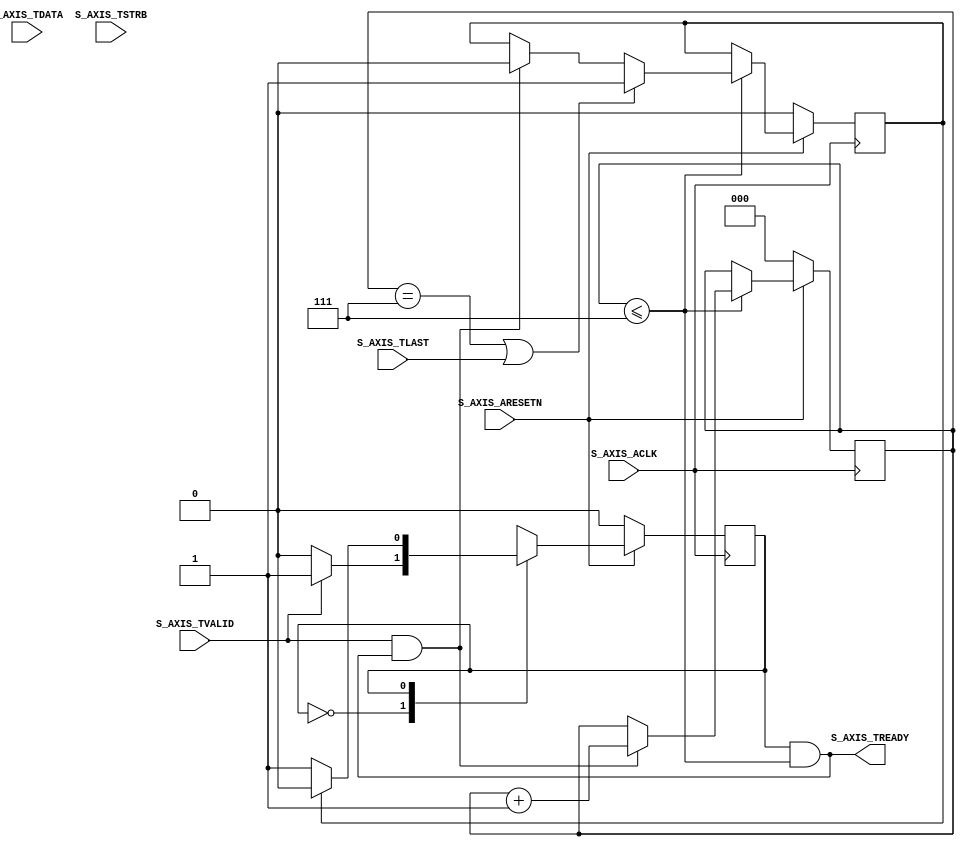

`timescale 1 ns / 1 ps

	module my_axis_transmitter_v1_0_S01_AXIS #
	(
		// Users to add parameters here

		// User parameters ends
		// Do not modify the parameters beyond this line

		// AXI4Stream sink: Data Width
		parameter integer C_S_AXIS_TDATA_WIDTH	= 32
	)
	(
		// Users to add ports here

		// User ports ends
		// Do not modify the ports beyond this line

		// AXI4Stream sink: Clock
		input wire  S_AXIS_ACLK,
		// AXI4Stream sink: Reset
		input wire  S_AXIS_ARESETN,
		// Ready to accept data in
		output wire  S_AXIS_TREADY,
		// Data in
		input wire [C_S_AXIS_TDATA_WIDTH-1 : 0] S_AXIS_TDATA,
		// Byte qualifier
		input wire [(C_S_AXIS_TDATA_WIDTH/8)-1 : 0] S_AXIS_TSTRB,
		// Indicates boundary of last packet
		input wire  S_AXIS_TLAST,
		// Data is in valid
		input wire  S_AXIS_TVALID
	);
	// function called clogb2 that returns an integer which has the 
	// value of the ceiling of the log base 2.
	function integer clogb2 (input integer bit_depth);
	  begin
	    for(clogb2=0; bit_depth>0; clogb2=clogb2+1)
	      bit_depth = bit_depth >> 1;
	  end
	endfunction

	// Total number of input data.
	localparam NUMBER_OF_INPUT_WORDS  = 8;
	// bit_num gives the minimum number of bits needed to address 'NUMBER_OF_INPUT_WORDS' size of FIFO.
	localparam bit_num  = clogb2(NUMBER_OF_INPUT_WORDS-1);
	// Define the states of state machine
	// The control state machine oversees the writing of input streaming data to the FIFO,
	// and outputs the streaming data from the FIFO
	parameter [1:0] IDLE = 1'b0,        // This is the initial/idle state 

	                WRITE_FIFO  = 1'b1; // In this state FIFO is written with the
	                                    // input stream data S_AXIS_TDATA 
	wire  	axis_tready;
	// State variable
	reg mst_exec_state;  
	// FIFO implementation signals
	genvar byte_index;     
	// FIFO write enable
	wire fifo_wren;
	// FIFO full flag
	reg fifo_full_flag;
	// FIFO write pointer
	reg [bit_num-1:0] write_pointer;
	// sink has accepted all the streaming data and stored in FIFO
	  reg writes_done;
	// I/O Connections assignments

	assign S_AXIS_TREADY	= axis_tready;
	// Control state machine implementation
	always @(posedge S_AXIS_ACLK) 
	begin  
	  if (!S_AXIS_ARESETN) 
	  // Synchronous reset (active low)
	    begin
	      mst_exec_state <= IDLE;
	    end  
	  else
	    case (mst_exec_state)
	      IDLE: 
	        // The sink starts accepting tdata when 
	        // there tvalid is asserted to mark the
	        // presence of valid streaming data 
	          if (S_AXIS_TVALID)
	            begin
	              mst_exec_state <= WRITE_FIFO;
	            end
	          else
	            begin
	              mst_exec_state <= IDLE;
	            end
	      WRITE_FIFO: 
	        // When the sink has accepted all the streaming input data,
	        // the interface swiches functionality to a streaming master
	        if (writes_done)
	          begin
	            mst_exec_state <= IDLE;
	          end
	        else
	          begin
	            // The sink accepts and stores tdata 
	            // into FIFO
	            mst_exec_state <= WRITE_FIFO;
	          end

	    endcase
	end
	// AXI Streaming Sink 
	// 
	// The example design sink is always ready to accept the S_AXIS_TDATA  until
	// the FIFO is not filled with NUMBER_OF_INPUT_WORDS number of input words.
	assign axis_tready = ((mst_exec_state == WRITE_FIFO) && (write_pointer <= NUMBER_OF_INPUT_WORDS-1));

	always@(posedge S_AXIS_ACLK)
	begin
	  if(!S_AXIS_ARESETN)
	    begin
	      write_pointer <= 0;
	      writes_done <= 1'b0;
	    end  
	  else
	    if (write_pointer <= NUMBER_OF_INPUT_WORDS-1)
	      begin
	        if (fifo_wren)
	          begin
	            // write pointer is incremented after every write to the FIFO
	            // when FIFO write signal is enabled.
	            write_pointer <= write_pointer + 1;
	            writes_done <= 1'b0;
	          end
	          if ((write_pointer == NUMBER_OF_INPUT_WORDS-1)|| S_AXIS_TLAST)
	            begin
	              // reads_done is asserted when NUMBER_OF_INPUT_WORDS numbers of streaming data 
	              // has been written to the FIFO which is also marked by S_AXIS_TLAST(kept for optional usage).
	              writes_done <= 1'b1;
	            end
	      end  
	end

	// FIFO write enable generation
	assign fifo_wren = S_AXIS_TVALID && axis_tready;

	// FIFO Implementation
	generate 
	  for(byte_index=0; byte_index<= (C_S_AXIS_TDATA_WIDTH/8-1); byte_index=byte_index+1)
	  begin:FIFO_GEN

	    reg  [(C_S_AXIS_TDATA_WIDTH/4)-1:0] stream_data_fifo [0 : NUMBER_OF_INPUT_WORDS-1];

	    // Streaming input data is stored in FIFO

	    always @( posedge S_AXIS_ACLK )
	    begin
	      if (fifo_wren)// && S_AXIS_TSTRB[byte_index])
	        begin
	          stream_data_fifo[write_pointer] <= S_AXIS_TDATA[(byte_index*8+7) -: 8];
	        end  
	    end  
	  end		
	endgenerate

	// Add user logic here

	// User logic ends

	endmodule